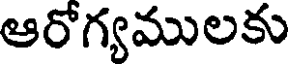
ఆరోగ్యములకు